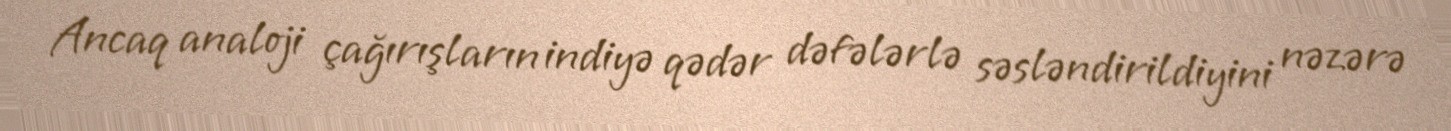
Ancaq analoji çağırışların indiyə qədər dəfələrlə səsləndirildiyini nəzərə